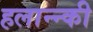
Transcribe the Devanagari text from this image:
हलान्न्की